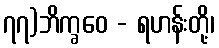
၇၇)ဘိက္ခဝေ - ရဟန်းတို့၊